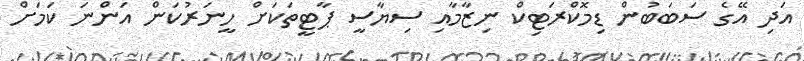
އަދި އޭގެ ސަބަބުން ޑިމޮކްރަޓިކް ނިޒާމާއި ސިޔާސީ ޕާޓީތަކަށް ހީނަރުކަން އަންނަ ކަމަށް